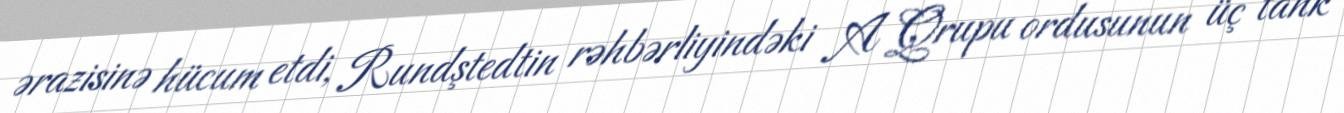
ərazisinə hücum etdi, Rundştedtin rəhbərliyindəki A Qrupu ordusunun üç tank